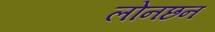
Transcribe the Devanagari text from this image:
लोनछन